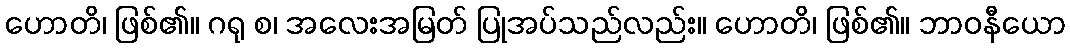
ဟောတိ၊ ဖြစ်၏။ ဂရု စ၊ အလေးအမြတ် ပြုအပ်သည်လည်း။ ဟောတိ၊ ဖြစ်၏။ ဘာဝနီယော